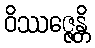
ဝိဿဇ္ဇေန္တိ